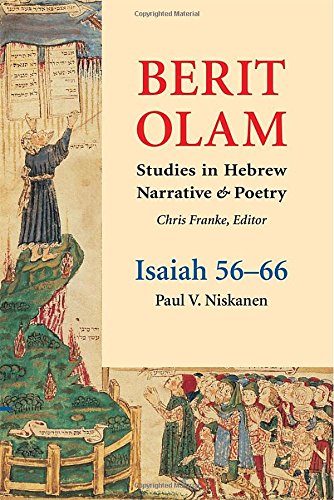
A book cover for Berit Olam: Isaiah 56-66; Paul V. Niskanen; Christian Books & Bibles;